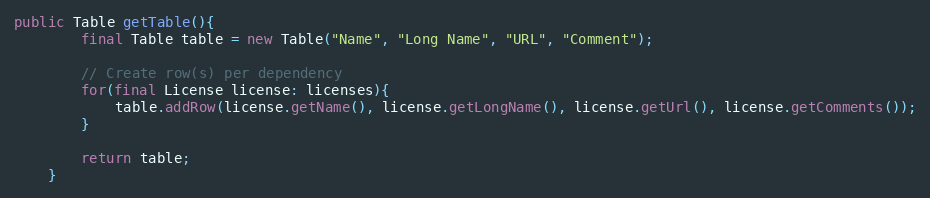
Language: Java
public Table getTable(){
        final Table table = new Table("Name", "Long Name", "URL", "Comment");

        // Create row(s) per dependency
        for(final License license: licenses){
            table.addRow(license.getName(), license.getLongName(), license.getUrl(), license.getComments());
        }

        return table;
    }